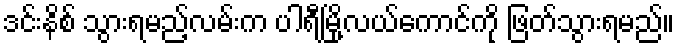
ဒင်းနိစ် သွားရမည့်လမ်းက ပါရီမြို့လယ်ကောင်ကို ဖြတ်သွားရမည်။